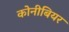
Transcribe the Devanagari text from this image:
कोनीबियर